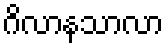
ဂိလာနသာလာ